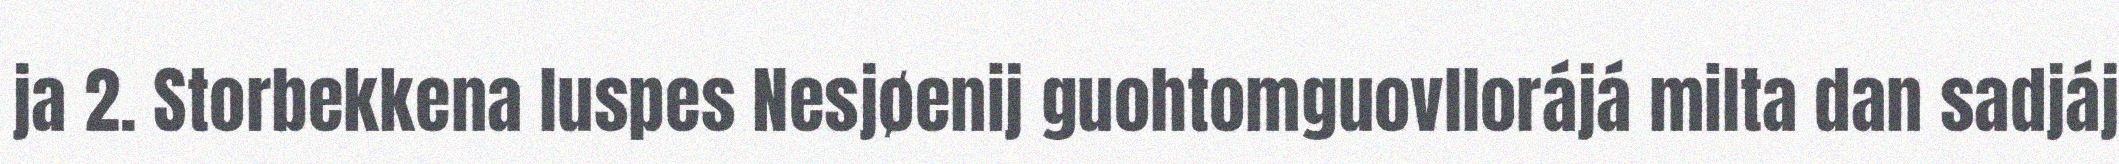
ja 2. Storbekkena luspes Nesjøenij guohtomguovllorájá milta dan sadjáj